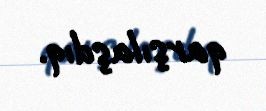
qarşılaşdıq.